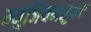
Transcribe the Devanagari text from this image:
म्युजियमसुफर